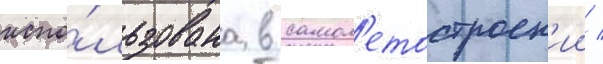
испо́льзована в самол'етостроен'ии /